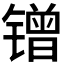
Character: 𲈜